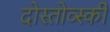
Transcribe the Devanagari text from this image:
दोस्तोव्स्की